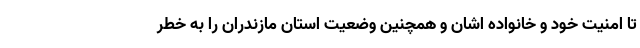
تا امنیت خود و خانواده اشان و همچنین وضعیت استان مازندران را به خطر